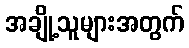
အချို့သူများအတွက်